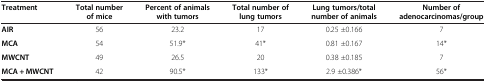
<table><thead><tr><td><b>Treatment</b></td><td><b>Total number of mice</b></td><td><b>Percent of animals with tumors</b></td><td><b>Total number of lung tumors</b></td><td><b>Lung tumors/total number of animals</b></td><td><b>Number of adenocarcinomas/group</b></td></tr></thead><tbody><tr><td><b>AIR</b></td><td>56</td><td>23.2</td><td>17</td><td>0.25 ±0.166</td><td>7</td></tr><tr><td><b>MCA</b></td><td>54</td><td>51.9*</td><td>41*</td><td>0.81 ±0.167</td><td>14*</td></tr><tr><td><b>MWCNT</b></td><td>49</td><td>26.5</td><td>20</td><td>0.38 ±0.185</td><td>7</td></tr><tr><td><b>MCA + MWCNT</b></td><td>42</td><td>90.5*</td><td>133*</td><td>2.9 ±0.386*</td><td>56*</td></tr></tbody></table>